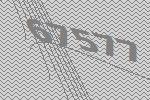
67577